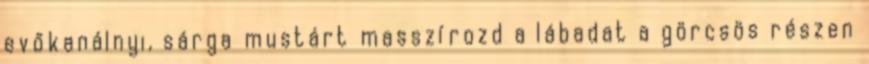
evőkanálnyi, sárga mustárt masszírozd a lábadat a görcsös részen